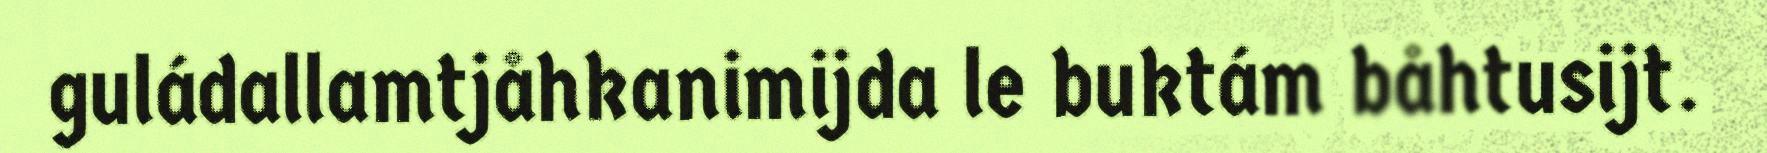
guládallamtjåhkanimijda le buktám båhtusijt.